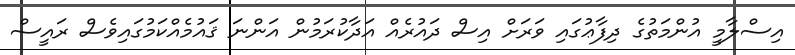
އިސްލާމީ އުންމަތުގެ ދިފާޢުގައި ވަރަށް އިސް ދައުރެއް އަދާކުރަމުން އަންނަ ޤައުމެއްކަމުގައިވެސް ރައީސް